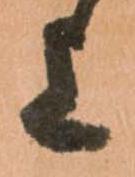
上